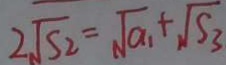
2 \sqrt { S _ { 2 } } = \sqrt { a _ { 1 } } + \sqrt { S _ { 3 } }